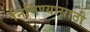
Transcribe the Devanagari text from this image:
निर्मिण्यासाठी